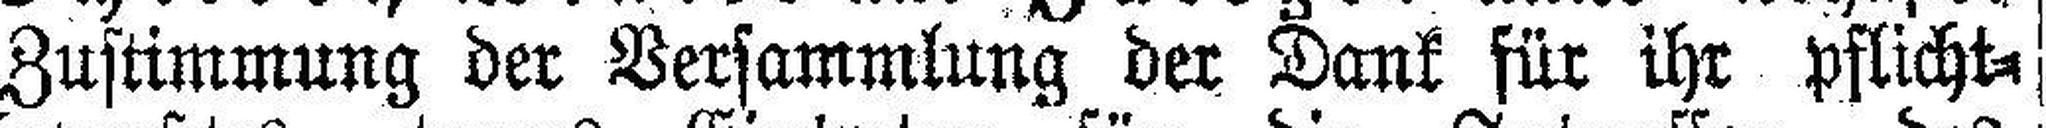
Zustimmung der Versammlung der Dank für ihr pflicht¬